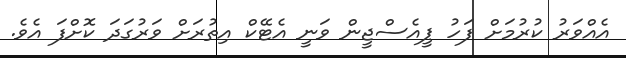
އެއްވަރު ކުރުމަށް ފަހު ޕީއެސްޖީން ވަނީ އެޓޭކް އިތުރަށް ވަރުގަދަ ކޮށްފަ އެވެ.